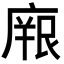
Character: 𭙫